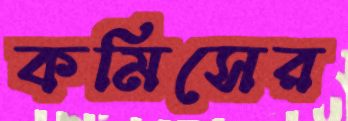
কমিসের